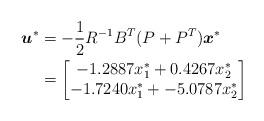
LaTeX: \begin{align*}\boldsymbol{u}^{*}&= - \frac{1}{2}R^{-1} B^{T} (P+P^T) \boldsymbol{x}^{* }\\&= \begin{bmatrix}-1.2887 x_1^{*}+ 0.4267 x_2^{*} \\-1.7240 x_1^{*}+ -5.0787x_2^{*}\end{bmatrix}\end{align*}